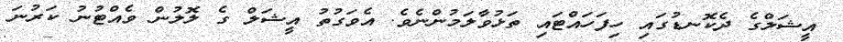
އީޝަލްގެ ދެކޮނޑުގައި ހިފަހައްޓައި ތަޅުވާލަމުންނެވެ. އެވަގުތު އީޝަލް ގެ ލޮލުން ވެއްޓުނު ކަރުނަ